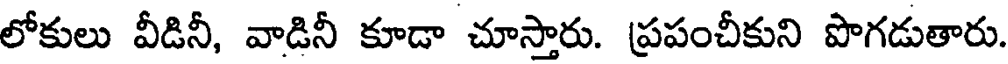
లోకులు వీడినీ, వాడినీ కూడా చూస్తారు. ప్రపంచీకుని పొగడుతారు.